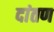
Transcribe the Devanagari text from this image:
दांतण